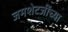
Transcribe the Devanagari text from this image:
जमशेटजींच्या